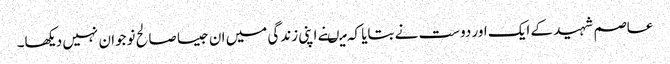
عاصم شہید کے ایک اور دوست نے بتایا کہ میںنے اپنی زندگی میں ان جیسا صالح نوجوان نہیں دیکھا۔